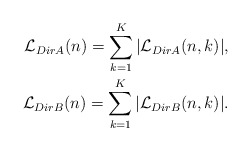
\begin{align*}\begin{aligned}\mathcal{L}_{DirA}(n)=\sum_{k=1}^K |\mathcal{L}_{DirA}(n,k) |, \\\mathcal{L}_{DirB}(n)=\sum_{k=1}^K |\mathcal{L}_{DirB}(n,k) |. \end{aligned}\end{align*}